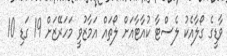
ވާޑީގެ ގޯލާއެކު ލެސްޓާ ކުއާޓާއަށް ލޯތައް އަމާޒުވީ މަހަރޭޒަށް 19 ގަޑި 10